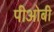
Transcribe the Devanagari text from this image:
पीओबी